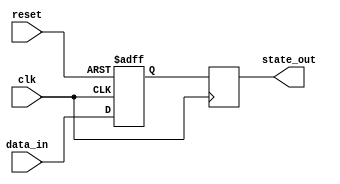
module sequential_logic_example (
    input wire clk,          // Clock signal
    input wire reset,        // Reset signal
    input wire [3:0] data_in,// 4-bit input data
    output reg [3:0] state_out // 4-bit output state
);

// Initialize state
reg [3:0] state;

// Asynchronous reset and state update on positive edge of clock
always @(posedge clk or posedge reset) begin
    if (reset) begin
        // Reset state to a known value
        state <= 4'b0000; // Example reset value
    end else begin
        // State update logic
        // Example state transition logic (customize as needed)
        state <= data_in; // For instance, move input data to state
    end
end

// Output assignment (output the current state)
always @(posedge clk) begin
    state_out <= state; // Assign the current state to output
end

endmodule